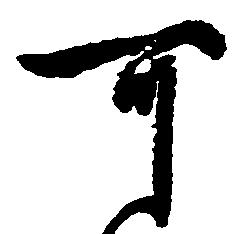
可